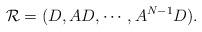
LaTeX: \begin{align*}\mathcal R = (D, AD,\cdots, A^{N-1}D). \end{align*}